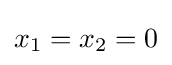
x_{1}=x_{2}=0